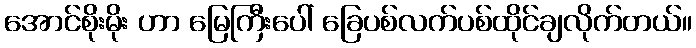
အောင်စိုးမိုး ဟာ မြေကြီးပေါ် ခြေပစ်လက်ပစ်ထိုင်ချလိုက်တယ်။